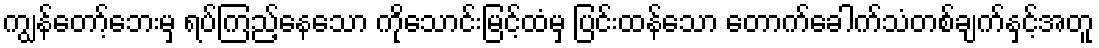
ကျွန်တော့်ဘေးမှ ရပ်ကြည့်နေသော ကိုသောင်းမြင့်ထံမှ ပြင်းထန်သော တောက်ခေါက်သံတစ်ချက်နှင့်အတူ